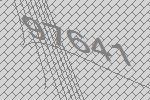
97641